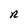
Character: n